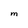
Character: M